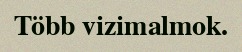
Több vizimalmok.